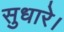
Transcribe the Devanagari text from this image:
सुधारे।